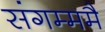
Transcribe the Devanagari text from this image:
संगम्ममै